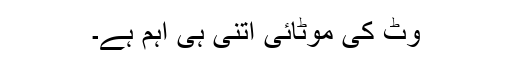
وٹ کی موٹائی اتنی ہی اہم ہے۔